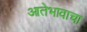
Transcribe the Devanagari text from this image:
आतेभावाचा